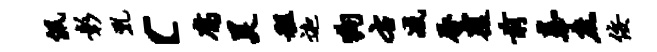
佩彰乳c腐昊租迦狗右减唇覆前奉庶佞